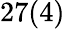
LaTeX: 27(4)